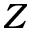
Z